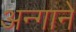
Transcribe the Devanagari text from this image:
अन्गाने